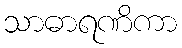
သာဓာရဏိကာ